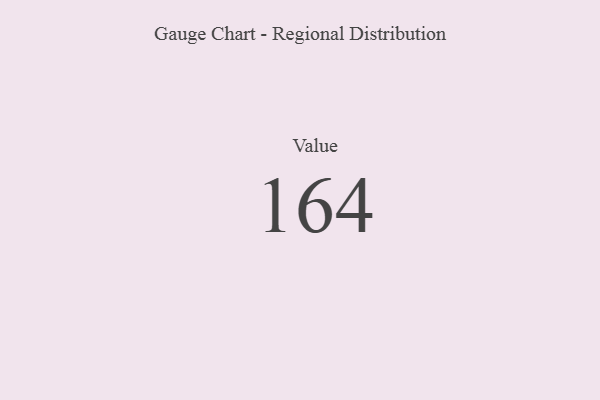
{"axis": {"x": "Metric", "y": "Value"}, "legend": [""], "data": [{"x": "Value", "y": 164, "type": ""}]}